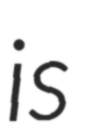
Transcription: is